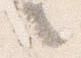
々